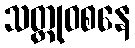
သတ္ထုဝစနေ